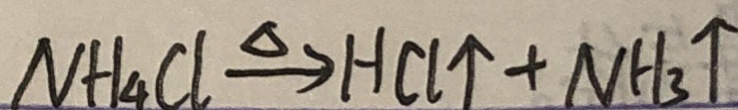
N H _ { 4 } C l \xrightarrow { \Delta } H C l \uparrow + N H _ { 3 } \uparrow